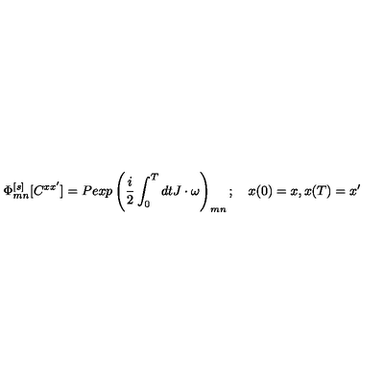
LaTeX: \Phi _ { m n } ^ { [ s ] } [ C ^ { x x ^ { \prime } } ] = P e x p \left( { \frac { i } { 2 } } \int _ { 0 } ^ { T } d t J \cdot \omega \right) _ { m n } ; \quad x ( 0 ) = x , x ( T ) = x ^ { \prime }